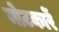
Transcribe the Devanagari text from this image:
मोटकारें